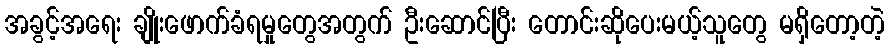
အခွင့်အရေး ချိုးဖောက်ခံရမှုတွေအတွက် ဦးဆောင်ပြီး တောင်းဆိုပေးမယ့်သူတွေ မရှိတော့တဲ့